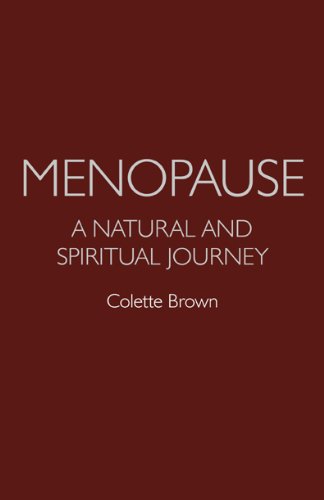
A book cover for Menopause: A Natural and Spiritual Journey; Colette Brown; Health, Fitness & Dieting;